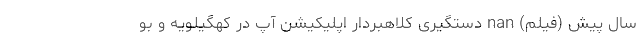
سال پیش (فیلم) nan دستگیری کلاهبردار اپلیکیشن آپ در کهگیلویه و بو